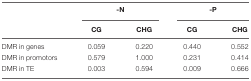
|  | <COLSPAN=2> -N | <COLSPAN=2> -P |
 |  | CG | CHG | CG | CHG |
 | --- | --- | --- | --- | --- |
 | DMR in genes | 0.059 | 0.220 | 0.440 | 0.552 |
 | DMR in promotors | 0.579 | 1.000 | 0.231 | 0.414 |
 | DMR in TE | 0.003 | 0.594 | 0.009 | 0.666 |